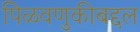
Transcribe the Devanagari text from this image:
पिळवणुकीबद्दल